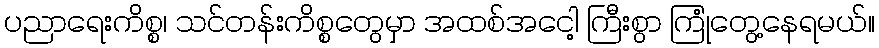
ပညာရေးကိစ္စ၊ သင်တန်းကိစ္စတွေမှာ အထစ်အငေါ့ ကြီးစွာ ကြုံတွေ့နေရမယ်။